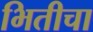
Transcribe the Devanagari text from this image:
भितीचा